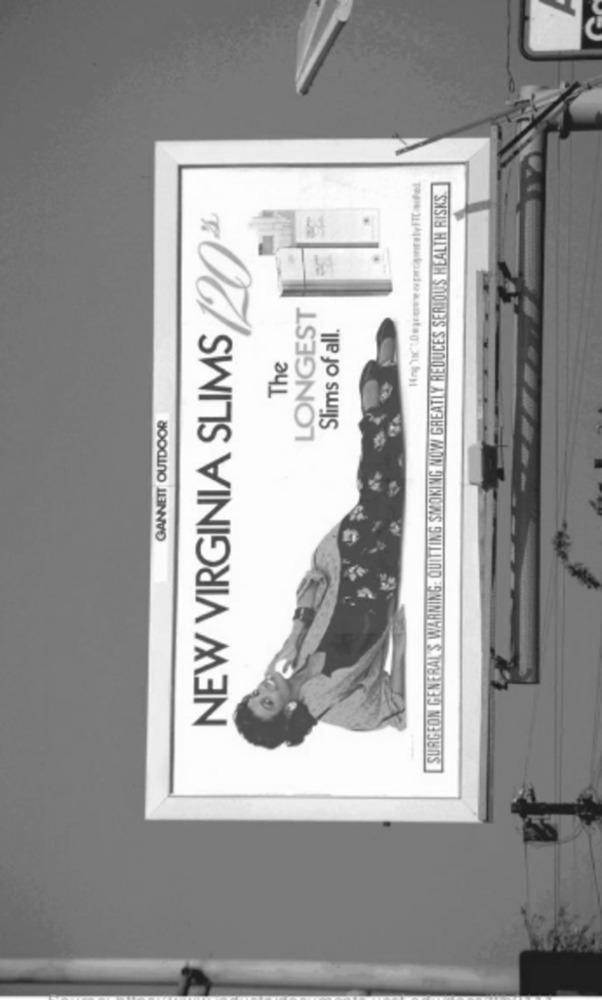
SURGEON GENERAL'S WARNING: QUITTING SMOKING NOW GREATLY REDUCES SERIOUS HEALTH RISKS
NEW VIRGINIA SLIMS /2003
LONGEST
Slims of all.
The
GANNETT OUTDOOR